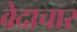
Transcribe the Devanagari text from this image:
वेदाचार